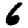
Digit: 6